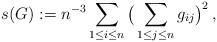
LaTeX: \begin{align*}s(G) := n^{-3} \sum_{1 \leq i \leq n} \big ( \sum_{1\leq j \leq n} g_{ij}\big)^2\,,\end{align*}